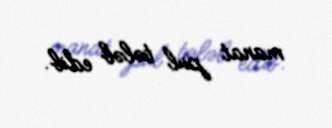
manat pul tələb edib.